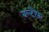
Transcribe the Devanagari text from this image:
बल्दौफ़